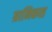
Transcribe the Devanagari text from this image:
ग्रानिकस